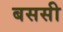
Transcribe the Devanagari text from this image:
बससी